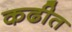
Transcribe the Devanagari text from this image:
कढीत